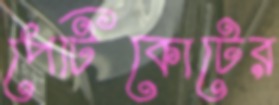
পেটিকোটের